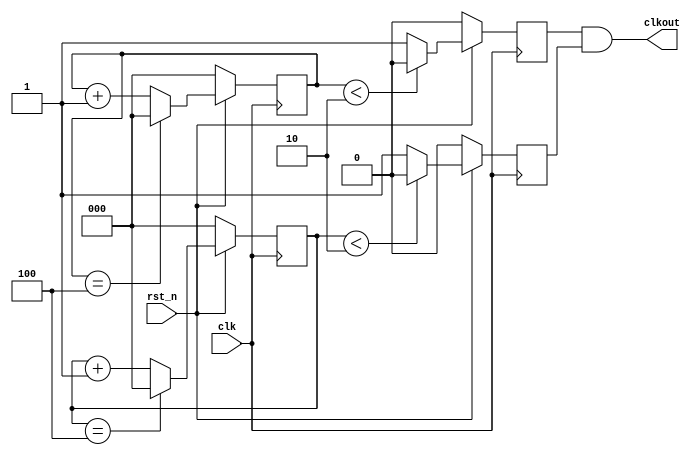
//********************************************************
//   Copyright(c)2016, STEP FPGA 
//   All rights reserved
//   Module name     :   divide
//   Data            :   2016/08/01
//   Version         :   V1.0
//   Description     :   
//
//   Modification history
//   ----------------------------------------------------------------------------
// Version       
// Description
//
//********************************************************


//*******************
//DEFINE MODULE PORT
//*******************
module divide
(
	//INPUT
	clk			,
	rst_n			,
	//OUTPUT
	clkout			
);
	//*******************
	//DEFINE PARAMETER
	//*******************
	parameter			WIDTH	=	3;
	parameter			N		=	5;
	
	//*******************
	//DEFINE INPUT
	//*******************
	input 	clk,rst_n;     

    //*******************
	//DEFINE OUTPUT
	//*******************
	output	clkout;
	
	//********************
	//OUTPUT ATTRIBUTE
	//********************
	//REGS
	reg 	[WIDTH-1:0]		cnt_p,cnt_n;
	reg						clk_p,clk_n;

	assign clkout = (N==1)?clk:(N[0])?(clk_p&clk_n):clk_p;
	
	//Sequential logic style
	always @ (posedge clk)
		begin
			if(!rst_n)
				cnt_p<=0;
			else if (cnt_p==(N-1))
				cnt_p<=0;
			else cnt_p<=cnt_p+1;
		end
	
	always @ (negedge clk)
		begin
			if(!rst_n)
				cnt_n<=0;
			else if (cnt_n==(N-1))
				cnt_n<=0;
			else cnt_n<=cnt_n+1;
		end
		
	always @ (posedge clk)
		begin
			if(!rst_n)
				clk_p<=0;
			else if (cnt_p<(N>>1))  
				clk_p<=0;
			else 
				clk_p<=1;
		end

	always @ (negedge clk)
		begin
			if(!rst_n)
				clk_n<=0;
			else if (cnt_n<(N>>1))  
				clk_n<=0;
			else 
				clk_n<=1;
		end
		
endmodule